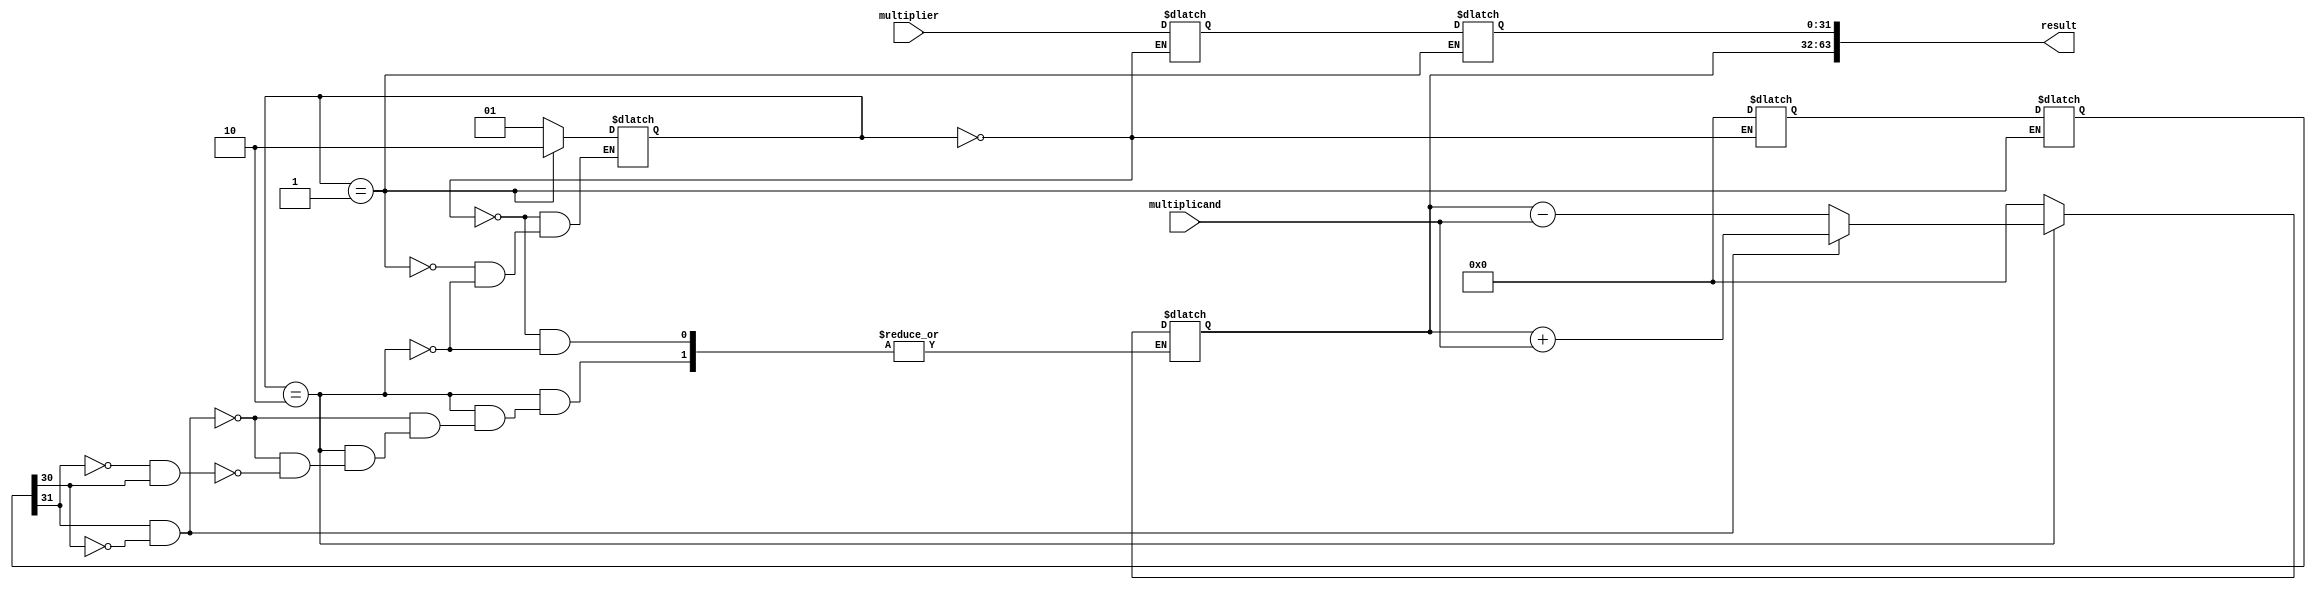
module Booth_Multiplier(
    input wire [31:0] multiplier,
    input wire [31:0] multiplicand,
    output reg [63:0] result
);

reg [31:0] partial_product [4:0];
reg [1:0] control_state;

always @(*)
begin
    case(control_state)
        2'b00: begin // Initialize
            partial_product[0] = 0;
            partial_product[1] = multiplier;
            partial_product[2] = 0;
            control_state = 2'b01;
        end
        2'b01: begin // Generate partial products
            partial_product[3] = {partial_product[0], partial_product[1]};
            partial_product[4] = {partial_product[1], partial_product[2]};
            control_state = 2'b10;
        end
        2'b10: begin // Accumulate partial products
            if(partial_product[4][31] == 1 && partial_product[4][30] == 0) begin
                partial_product[0] = partial_product[0] + multiplicand; // add
            end
            else if(partial_product[4][31] == 0 && partial_product[4][30] == 1) begin
                partial_product[0] = partial_product[0] - multiplicand; // subtract
            end
            else begin
                partial_product[0] = partial_product[0]; // no operation
            end
            control_state = 2'b01;
        end
    endcase
end

assign result = {partial_product[0], partial_product[3]};

endmodule